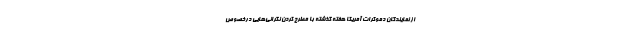
از نمایندگان دموکرات آمریکا هفته گذشته با مطرح کردن نگرانی‌هایی درخصوص